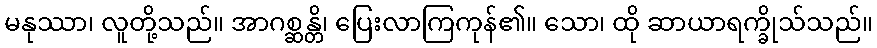
မနုဿာ၊ လူတို့သည်။ အာဂစ္ဆန္တိ၊ ပြေးလာကြကုန်၏။ သော၊ ထို ဆာယာရက္ခိုသ်သည်။